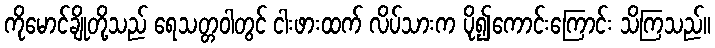
ကိုမောင်ချိုတို့သည် ရေသတ္တဝါတွင် ငါးဖားထက် လိပ်သားက ပို၍ကောင်းကြောင်း သိကြသည်။